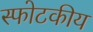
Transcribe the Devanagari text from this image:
स्फोटकीय